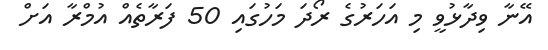
އޭނާ ވިދާޅުވީ މި އަހަރުގެ ރޯދަ މަހުގައި 50 ފަރާތެއް އުމްރާ އަށް